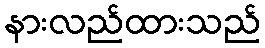
နားလည်ထားသည်